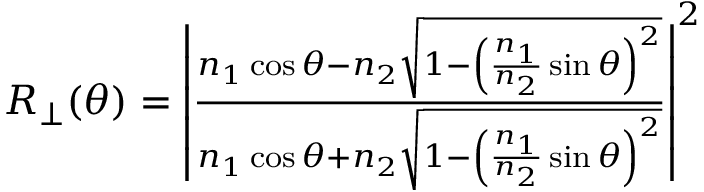
\begin{array} { r } { R _ { \perp } ( \theta ) = \left| \frac { n _ { 1 } \cos \theta - n _ { 2 } \sqrt { 1 - \left( \frac { n _ { 1 } } { n _ { 2 } } \sin \theta \right) ^ { 2 } } } { n _ { 1 } \cos \theta + n _ { 2 } \sqrt { 1 - \left( \frac { n _ { 1 } } { n _ { 2 } } \sin \theta \right) ^ { 2 } } } \right| ^ { 2 } } \end{array}